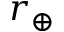
r _ { \oplus }